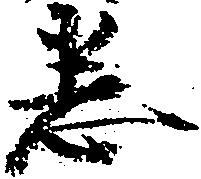
悉